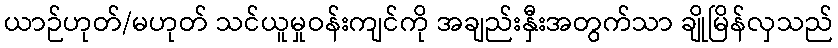
ယာဉ်ဟုတ်/မဟုတ် သင်ယူမှုဝန်းကျင်ကို အချည်းနှီးအတွက်သာ ချိုမြိန်လှသည်